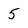
Character: 5